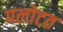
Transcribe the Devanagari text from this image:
पलोटत